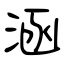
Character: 涵